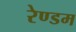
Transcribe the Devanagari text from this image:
रेण्डम